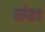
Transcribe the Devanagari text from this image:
छंटा